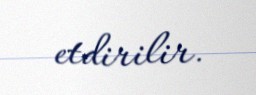
etdirilir.